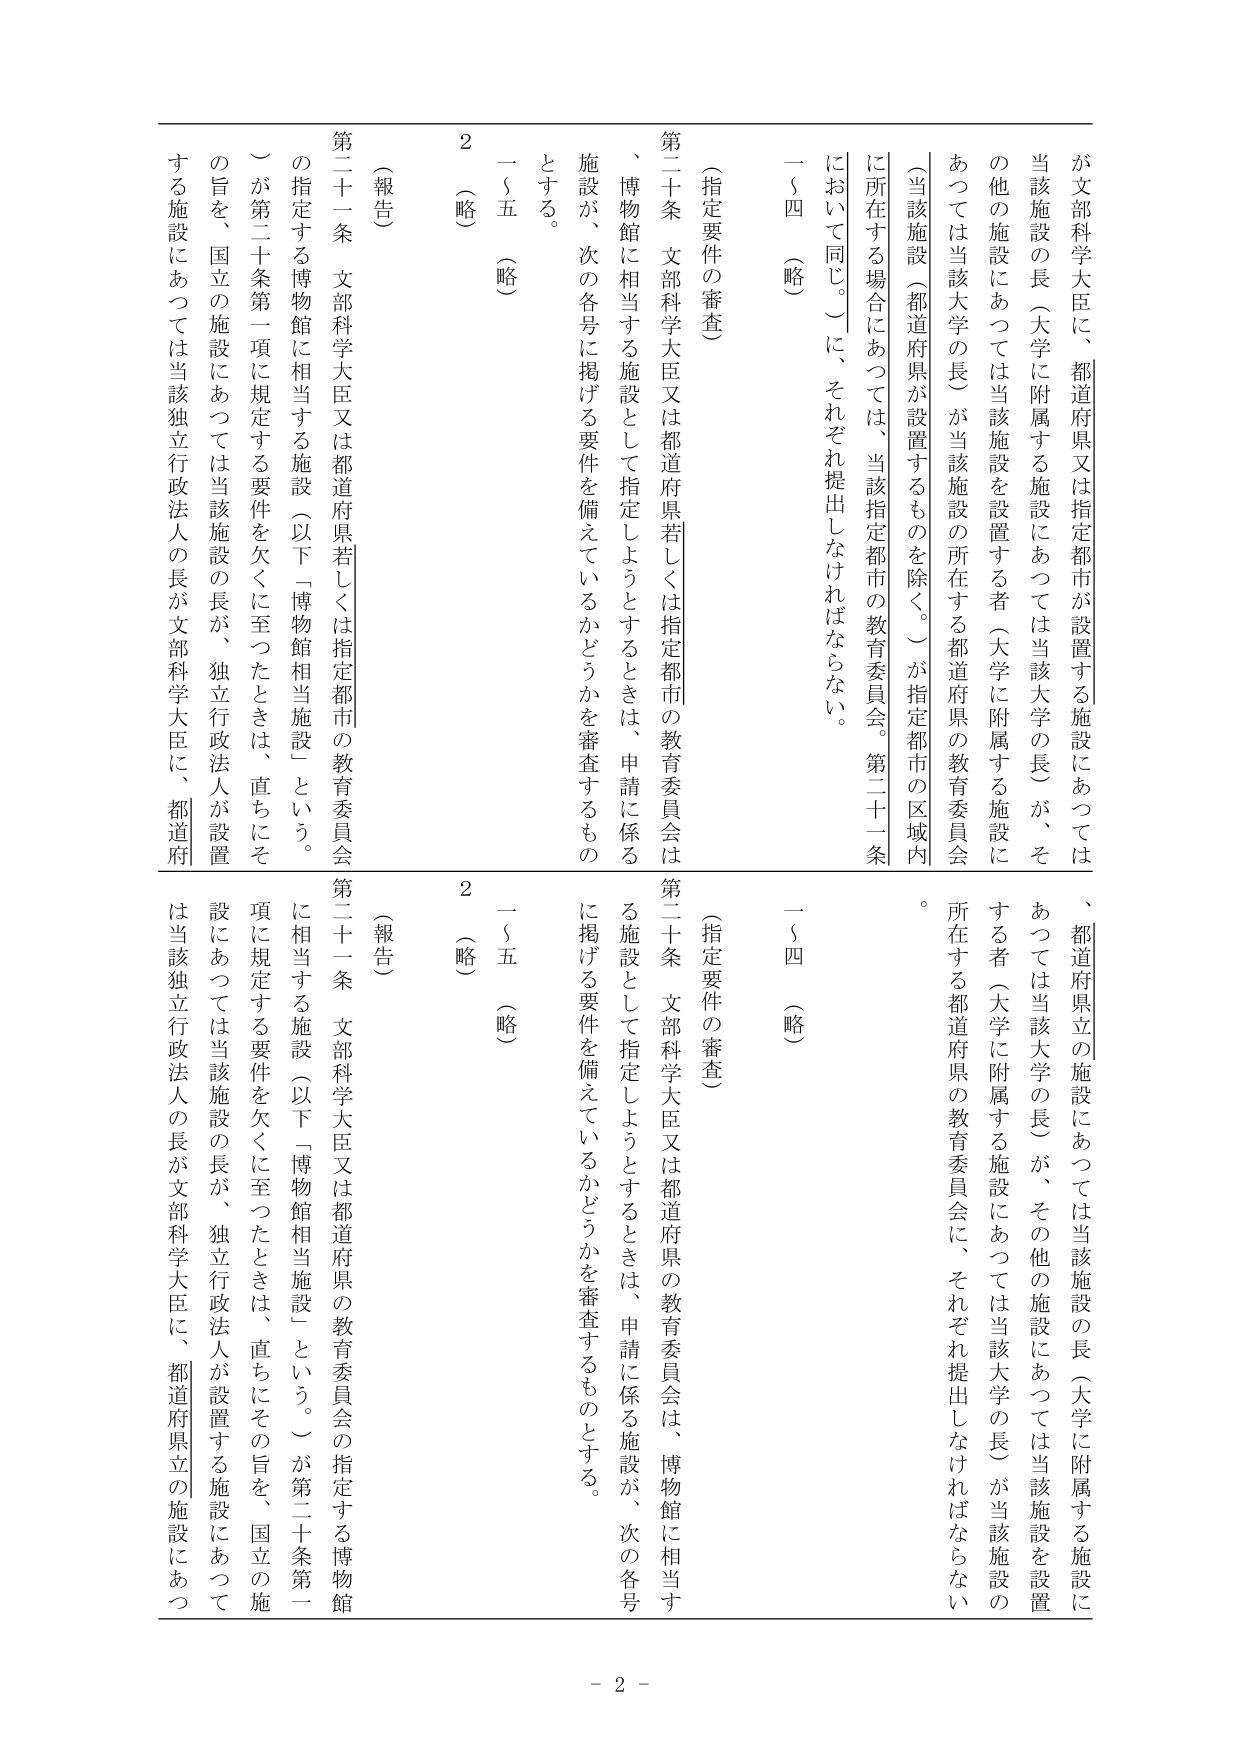
が文部科学大臣に、都道府県又は指定都市が設置する施設にあつては当該施設の長（大学に附属する施設にあつては当該大学の長）が、その他の施設にあつては当該施設を設置する者（大学に附属する施設にあつては当該大学の長）が当該施設の所在する都道府県の教育委員会（当該施設（都道府県が設置するものを除く。）が指定都市の区域内に所在する場合にあつては、当該指定都市の教育委員会。第二十一条において同じ。）に、それぞれ提出しなければならない。

一～四（略）

（指定要件の審査）

第二十条 文部科学大臣又は都道府県若しくは指定都市の教育委員会は、博物館に相当する施設として指定しようとするときは、申請に係る施設が、次の各号に掲げる要件を備えているかどうかを審査するものとする。

一～五（略）

（報告）

第二十一条 文部科学大臣又は都道府県若しくは指定都市の教育委員会が指定する博物館に相当する施設（以下「博物館相当施設」という。）が第二十条第一項に規定する要件を欠くに至ったときは、直ちにその旨を、国立の施設にあつては当該施設の長が、独立行政法人が設置する施設にあつては当該独立行政法人の長が文部科学大臣に、都道府

、都道府県立の施設にあつては当該施設の長（大学に附属する施設にあつては当該大学の長）が、その他の施設にあつては当該施設を設置する者（大学に附属する施設にあつては当該大学の長）が当該施設の所在する都道府県の教育委員会に、それぞれ提出しなければならない。

一～四（略）

（指定要件の審査）

第二十条 文部科学大臣又は都道府県の教育委員会は、博物館に相当する施設として指定しようとするときは、申請に係る施設が、次の各号に掲げる要件を備えているかどうかを審査するものとする。

一～五（略）

（報告）

第二十一条 文部科学大臣又は都道府県の教育委員会が指定する博物館に相当する施設（以下「博物館相当施設」という。）が第二十条第一項に規定する要件を欠くに至ったときは、直ちにその旨を、国立の施設にあつては当該施設の長が、独立行政法人が設置する施設にあつては当該独立行政法人の長が文部科学大臣に、都道府県立の施設にあつ

- 2 -